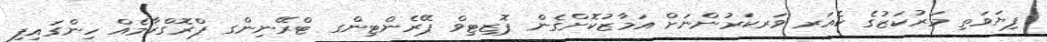
ފިޔަވަތި މަރުކަޒުގެ ކެއަރ ވަރކަރުންނަށް އަމާޒުކޮށްގެން ޕޮޒިޓިވް ޕޭރެންޓިންގ ޓްރޭނިންގ ޕްރޮގްރާމެއް ހިންގައިފި